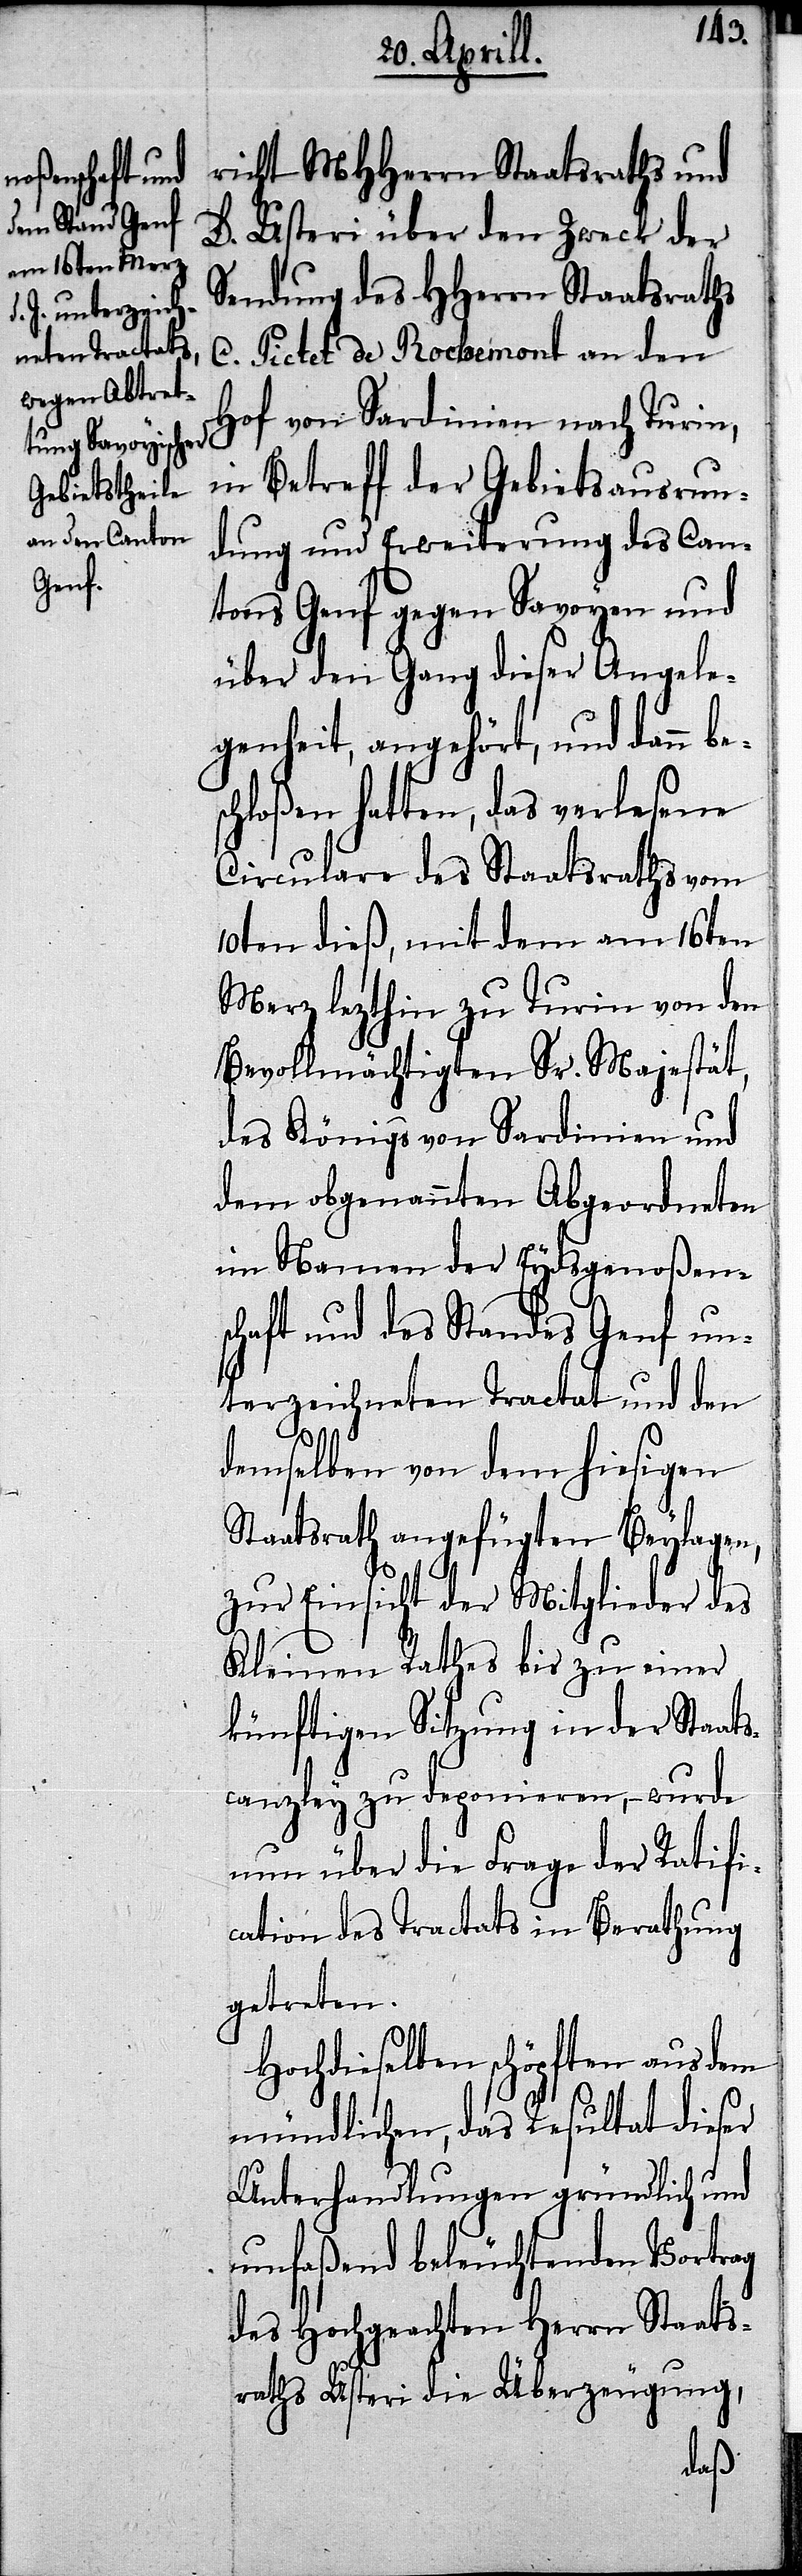
es¬

richt MHHerrn Staatsraths und
D. Usteri über den Zweck der
Sendung des HHerrn Staatsraths
C. Pictet de Rochemont an den
Hof von Sardinien nach Turin,
in Betreff der Gebietsausrun¬
dung und Erweiterung des Can¬
tons Genf gegen Savoyen und
über den Gang dieser Angele¬
genheit, angehört, und dann b¬
chloßen hatten, das verlesene
Circulare des Staatsraths vom
10ten dieß, mit dem am 16ten
Merz lezthin zu Turin von den
Bevollmächtigten Sr. Majestät,
des Königs von Sardinien und
dem obgenannten Abgeordneten
im Namen der Eydsgenoßen¬
schaft und des Standes Genf un¬
terzeichneten Tractat und den
demselben von dem hiesigen
Staatsrath angefügten Beylagen,
zur Einsicht der Mitglieder des
Kleinen Rathes bis zu einer
künftigen Sitzung in der Staat¬
scanzley zu deponieren,– wurde
nun über die Frage der Ratifi¬
cation des Tractats in Berathung
getreten.
Hochdieselben schöpften aus dem
mündlichen, das Resultat dieser
Unterhandlungen gründlich und
umfaßend beleuchtenden Vortrag
des Hochgeachten Herrn Staats¬
raths Usteri die Überzeugung,